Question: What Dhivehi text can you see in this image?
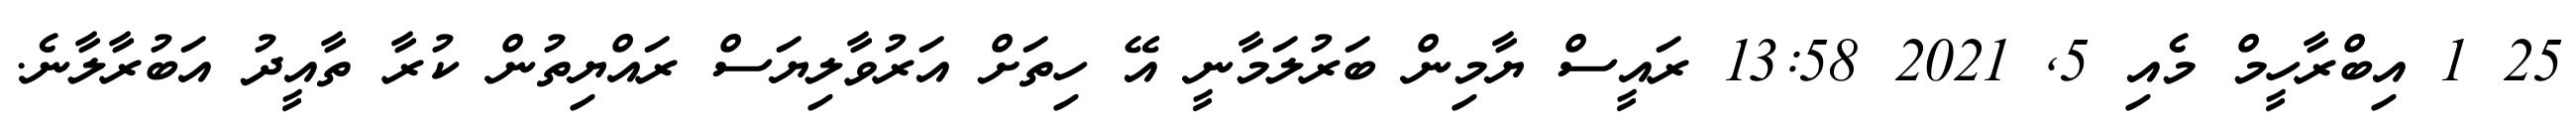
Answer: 25 1 އިބްރާހީމް މެއި 5, 2021 13:58 ރައީސް ޔާމިން ބަރުލަމާނީ އޭ ހިތަށް އަރުވާލިޔަސް ރައްޔިތުން ކުރާ ތާއީދު އަބުރާލާނެ.